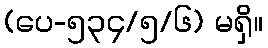
(ပေ-၅၃၄/၅/၆) မရှိ။